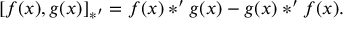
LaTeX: [ f ( x ) , g ( x ) ] _ { \ast ^ { \prime } } = f ( x ) * ^ { \prime } g ( x ) - g ( x ) * ^ { \prime } f ( x ) .